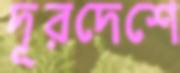
দূরদেশে